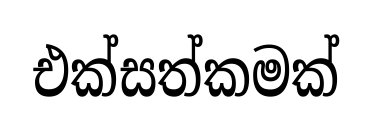
එක්සත්කමක්